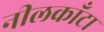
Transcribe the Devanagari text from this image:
नीलकाँटा